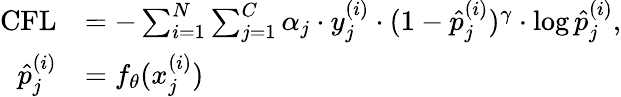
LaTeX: \begin{array}{rl}{\mathrm{CFL}}&{=-\sum_{i=1}^{N}\sum_{j=1}^{C}\alpha_{j}\cdot y_{j}^{(i)}\cdot(1-\hat{p}_{j}^{(i)})^{\gamma}\cdot\log{\hat{p}_{j}^{(i)}},}\\ {\hat{p}_{j}^{(i)}}&{=f_{\theta}(x_{j}^{(i)})}\end{array}